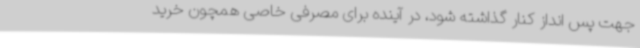
جهت پس انداز کنار گذاشته شود، در آینده برای مصرفی خاصی همچون خرید